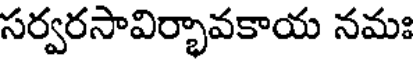
సర్వరసావిర్భావకాయ నమః